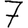
Digit: 7